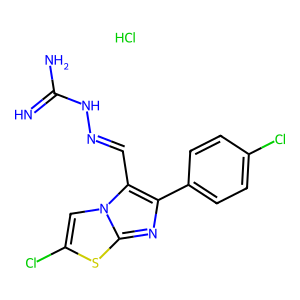
SMILES: Cl.N=C(N)NN=Cc1c(-c2ccc(Cl)cc2)nc2sc(Cl)cn12
Inhibits HIV replication: No